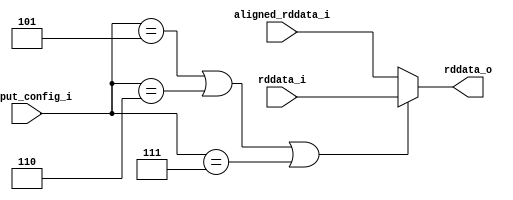
// Company           :   racyics
//
// Project Name      :   p_cc
// Subproject Name   :   s_fpga, dpsram_block_4x512x20
// Description       :   <short description>
//
// Create Date       :   
// Last Change       :   $Date: 2015-03-11 10:16:31 +0100 (Wed, 11 Mar 2015) $
// by                :   $Author: winter $
//------------------------------------------------------------

`timescale 1 ns / 1 ps

module bit_deselection_mux
  #(parameter CONFIG_1BIT  = 3'd1, //non-split-->32k x 1 bit; split-->16K x 1 bit
    parameter CONFIG_2BIT  = 3'd2, //non-split-->16k x 2 bit; split-->8K x 2 bit
    parameter CONFIG_5BIT  = 3'd3, //non-split-->8k  x 5 bit; split-->4K x 5 bit
    parameter CONFIG_10BIT = 3'd4, //non-split-->4k  x 10 bit; split-->2K x 10 bit
    parameter CONFIG_20BIT = 3'd5, //non-split-->2k  x 20 bit; split-->1K x 20 bit
    parameter CONFIG_40BIT = 3'd6, //non-split-->1K  x 40 bit; split (SPR)-->512 x 40 bit
    parameter CONFIG_80BIT = 3'd7  //non-split(SPR)-->512 x 80 bit; split-->NA
    )
  (// signals from mode_selection
   input  wire [2:0]  output_config_i,
   input  wire [19:0] rddata_i,
   input  wire [19:0] aligned_rddata_i,
   output wire [19:0] rddata_o
   );
       

   assign rddata_o = (output_config_i==CONFIG_20BIT ||
                      output_config_i==CONFIG_40BIT ||
                      output_config_i==CONFIG_80BIT) ? rddata_i : aligned_rddata_i;

endmodule // bit_deselection_mux